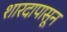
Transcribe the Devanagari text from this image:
शारदापासून